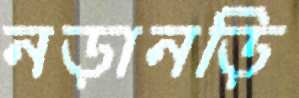
নড়ানড়ি